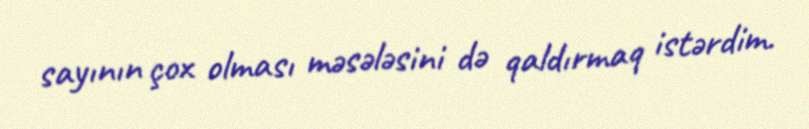
sayının çox olması məsələsini də qaldırmaq istərdim.